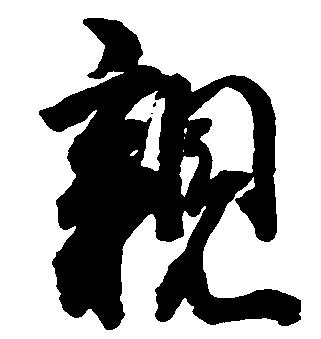
親